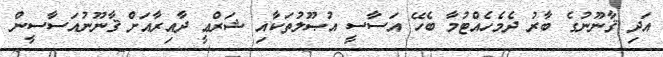
އަދި ޤާނޫނުގެ ބާރު ދެމެހެއްޓުމާ ބެހޭ އަސާސީ އުޞޫލުތަކާއި ޝަރްޢީ ދާއިރާއަށް ޤާނޫނުއަސާސީން